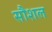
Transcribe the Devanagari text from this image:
सौशल